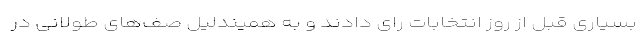
بسیاری قبل از روز انتخابات رای دادند و به همیندلیل صف‌های طولانی در